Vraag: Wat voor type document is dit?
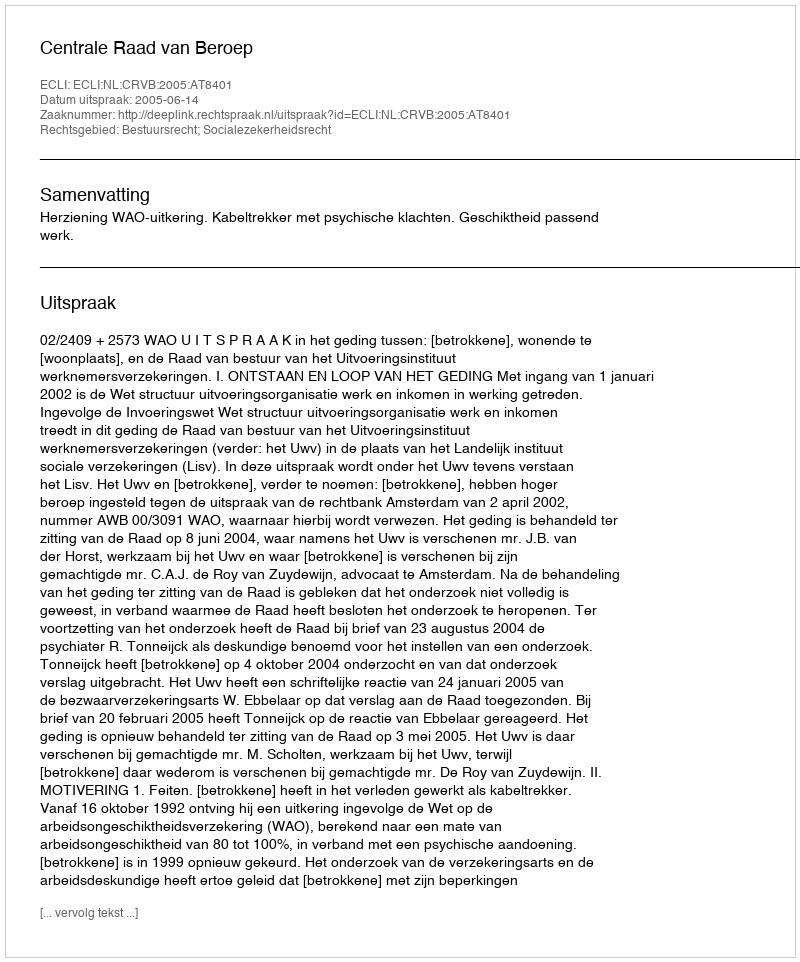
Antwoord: Uitspraak